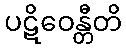
ပဋိဝေန္တီတိ